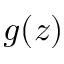
g ( z )